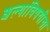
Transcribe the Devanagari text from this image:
शल्यांविषयीचा